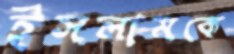
ইসলামকে